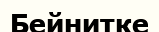
Бейнитке